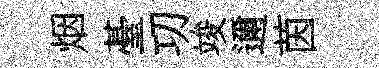
烟䑓㓛竣邇茵